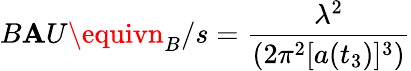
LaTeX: B\mathbf{A}U\equivn_{B}/s={\frac{{\lambda^{2}}}{{(2\pi^{2}[a(t_{3})]^{3})}}}